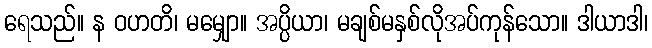
ရေသည်။ န ဝဟတိ၊ မမျှော။ အပ္ပိယာ၊ မချစ်မနှစ်လိုအပ်ကုန်သော။ ဒါယာဒါ၊